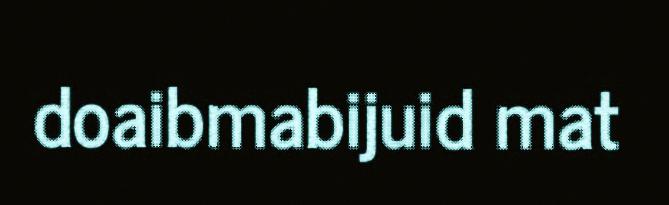
doaibmabijuid mat